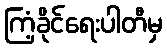
ကြံ့ခိုင်ရေးပါတီမှ